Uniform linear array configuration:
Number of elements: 64
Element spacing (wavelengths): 0.5
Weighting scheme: hamming
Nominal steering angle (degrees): -15
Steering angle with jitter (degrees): -15.84
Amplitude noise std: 0.05
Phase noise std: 0.05

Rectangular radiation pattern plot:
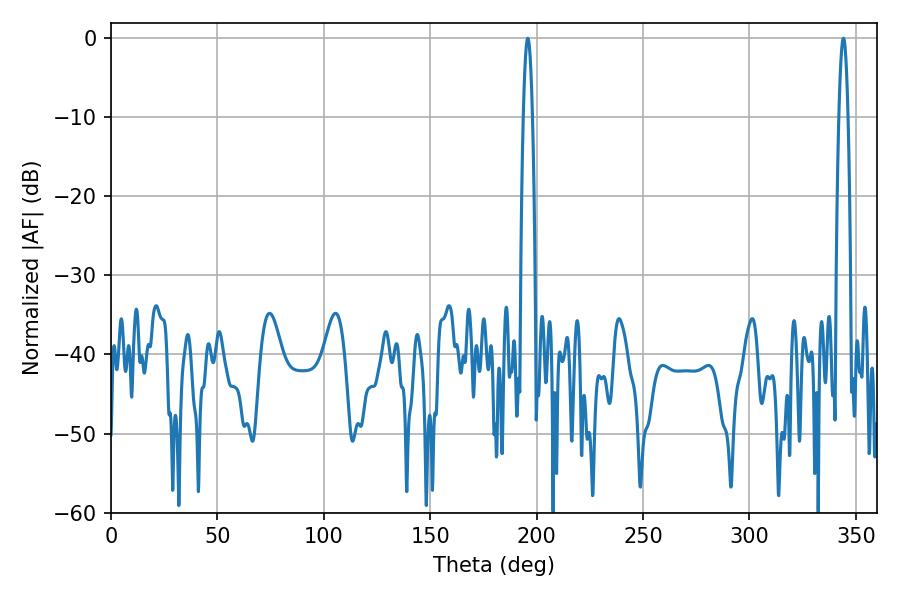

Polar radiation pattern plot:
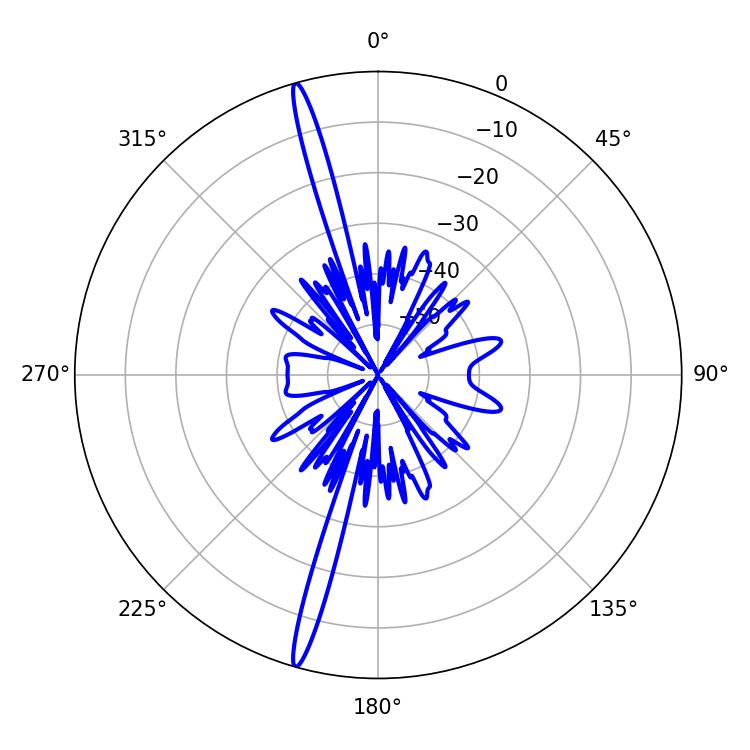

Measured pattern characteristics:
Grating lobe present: FALSE
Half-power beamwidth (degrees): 2.16
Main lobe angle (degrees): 195.84